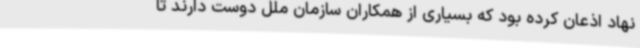
نهاد اذعان کرده بود که بسیاری از همکاران سازمان ملل دوست دارند تا